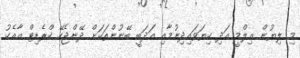
މި ލިޔުން ޢިލްމީ އަދި ކިޔަވައިދިނުމާއި އަދަބީ ބޭނުންތަކަށް ދޭންޖެހޭ ކްރެޑިޓް އާއެކު